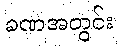
ခဏအတွင်း